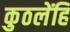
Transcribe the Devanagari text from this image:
कुठलेंहि